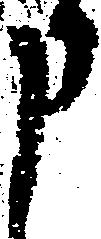
申